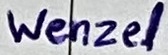
Text: Wenzel